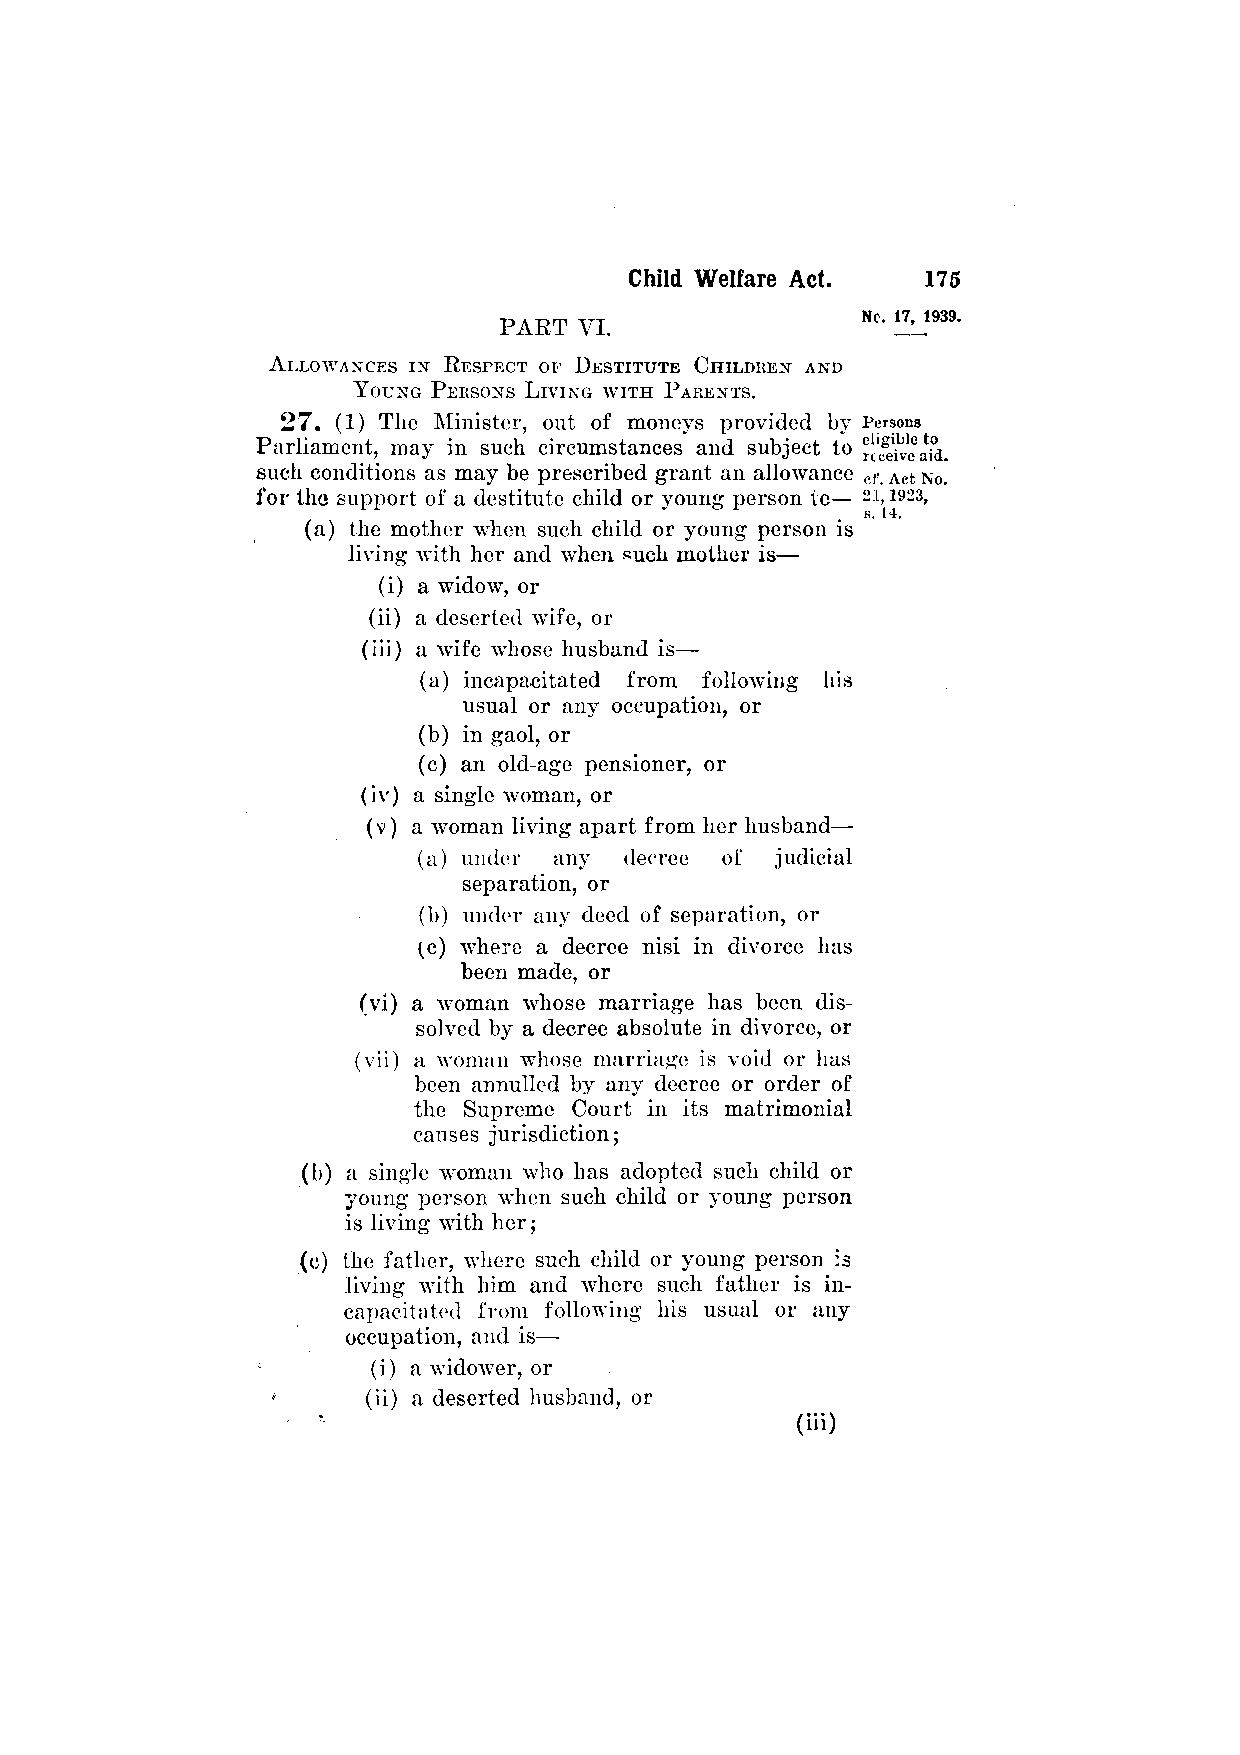
PART VI.
 ALLOWANCES IN RESPECT OF DESTITUTE CHILDREN AND
 YOUNG PERSONS LIVING WITH PARENTS.
 27. (1) The Minister, out of moneys provided by
 Parliament, may in such circumstances and subject to
 such conditions as may be prescribed grant an allowance
 for the support of a destitute child or young person to—
 (a) the mother when such child or young person is
 living with her and when such mother is—
 (i) a widow, or
 (ii) a deserted wife, or
 (iii) a wife whose husband is—
 (a) incapacitated from following his
 usual or any occupation, or
 (b) in gaol, or
 (c) an old-age pensioner, or
 (i v) a single woman, or
 (v) a woman living apart from her husband—
 (a) under any decree of judicial
 separation, or
 (b) under any deed of separation, or
 (c) where a decree nisi in divorce has
 been made, or
 (vi) a woman whose marriage has been dis­
 solved by a decree absolute in divorce, or
 (vii) a woman whose marriage is void or has
 been annulled by any decree or order of
 the Supreme Court in its matrimonial
 causes jurisdiction;
 (b) a single woman who has adopted such child or
 young person when such child or young person
 is living with her;
 (c) the father, where such child or young person is
 living Avith him and where such father is in­
 capacitated from following his usual or any
 occupation, and is—
 (i) a widower, or
 (ii) a deserted husband, or
 (iii)